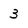
Character: 3